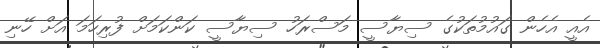
އެއީ އެހެން ގައުމުތަކުގެ ސިޔާސީ މަސްރަހު ސިޔާސީ ކަންކަމަށް ފުރިހަމަ އަށް ހޭނި